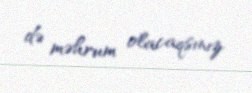
də məhrum olacaqsınız.